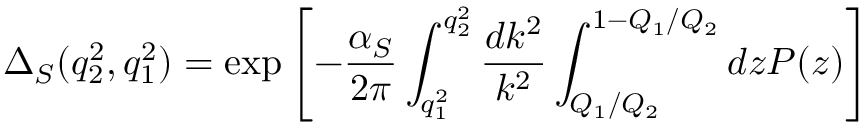
\Delta _ { S } ( q _ { 2 } ^ { 2 } , q _ { 1 } ^ { 2 } ) = \exp \left[ - { \frac { \alpha _ { S } } { 2 \pi } } \int _ { q _ { 1 } ^ { 2 } } ^ { q _ { 2 } ^ { 2 } } { \frac { d k ^ { 2 } } { k ^ { 2 } } } \int _ { Q _ { 1 } / Q _ { 2 } } ^ { 1 - Q _ { 1 } / Q _ { 2 } } { d z P ( z ) } \right]